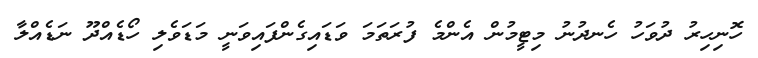
ހޮނިހިރު ދުވަހު ހެނދުނު މިޓީމުން އެންމެ ފުރަތަމަ ވަޑައިގެންފައިވަނީ މަޑަވެލި ހޯޑެއްދޫ ނަޑެއްލާ